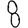
Digit: 8